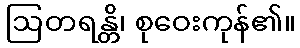
ဩတရန္တိ၊ စုဝေးကုန်၏။